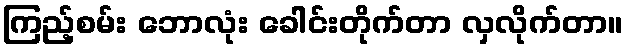
ကြည့်စမ်း ဘောလုံး ခေါင်းတိုက်တာ လှလိုက်တာ။